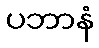
ပဘာနံ